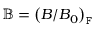
\mathbb { B } = \left( B / B _ { 0 } \right) _ { \mathtt { F } }